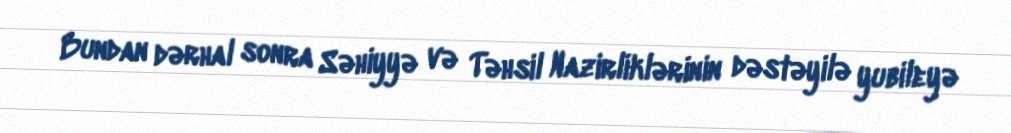
Bundan dərhal sonra Səhiyyə və Təhsil Nazirliklərinin dəstəyilə yubileyə